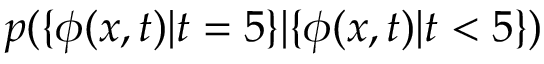
p ( \{ \phi ( x , t ) | t = 5 \} | \{ \phi ( x , t ) | t < 5 \} )